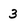
Character: 3